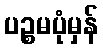
ပဉ္စမပုံမှန်